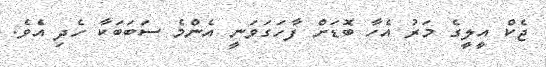
ޖެކް އީލީގެ މަރު އެހާ ބޮޑަށް ފާހަގަވަނީ އެންމެ ސަބަބަކާ ހެދި އެވެ.